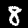
Digit: 8